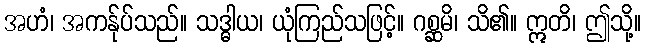
အဟံ၊ အကန်ုပ်သည်။ သဒ္ဓါယ၊ ယုံကြည်သဖြင့်။ ဂစ္ဆမိ၊ သိ၏။ ဣတိ၊ ဤသို့။